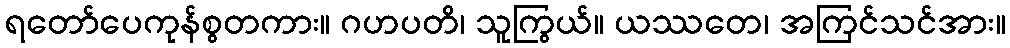
ရတော်ပေကုန်စွတကား။ ဂဟပတိ၊ သူကြွယ်။ ယဿတေ၊ အကြင်သင်အား။